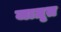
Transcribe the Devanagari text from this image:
जाग्रृत